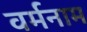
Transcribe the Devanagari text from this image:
वर्मनाम